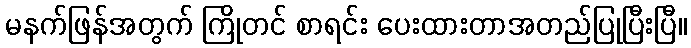
မနက်ဖြန်အတွက် ကြိုတင် စာရင်း ပေးထားတာအတည်ပြုပြီးပြီ။